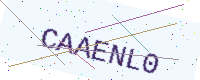
Text: CAAENL0